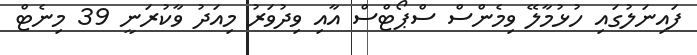
ފައިނަލުގައި ހުޅުމާލޭ ވިމެންސް ސްޕޯޓްސް އާއި ވިދުވަރު މިއަދު ވާކުރަނީ 39 މިނެޓް